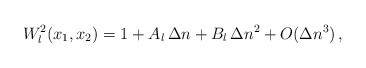
\begin{align*} W_l^2(x_1, x_2)=1+A_l\,\Delta n+B_l\,\Delta n^2+O(\Delta n^3)\,,\end{align*}